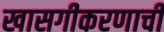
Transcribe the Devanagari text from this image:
खासगीकरणाची